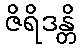
ဇိရိဒန္တိ